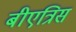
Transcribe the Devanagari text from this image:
बीएत्रिस